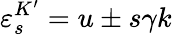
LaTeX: \varepsilon_{s}^{K^{\prime}}=u\pm s\gamma k